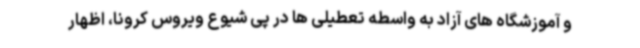
و آموزشگاه های آزاد به واسطه تعطیلی ها در پی شیوع ویروس کرونا، اظهار